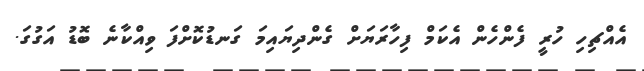
އެއްޗިހި ހުރީ ފެންހެން އެކަމް ފިހާރަޔަށް ގެންދިޔައިމަ ގަނޑުކޮށްފަ ވިއްކާނެ ބޮޑު އަގުގަ.